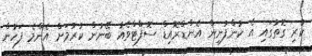
ކުރި ގޮތުގައި އެ ކުންފުނިން އެންޑްރޮއިޑް ސޮފްޓްވެއާ ބޭނުން ކުރުމަށް އެންމެ ފަހުން